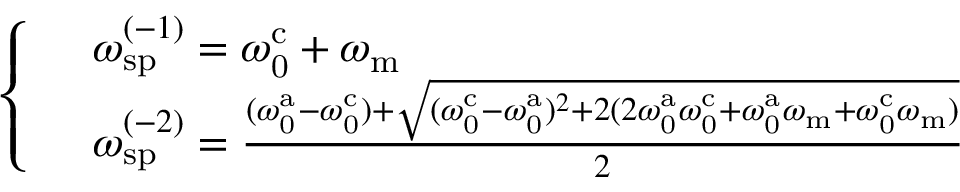
\begin{array} { r l } & { \left\{ \begin{array} { l l } & { \omega _ { \mathrm { s p } } ^ { ( - 1 ) } = \omega _ { \mathrm { 0 } } ^ { \mathrm { c } } + \omega _ { \mathrm { m } } } \\ & { \omega _ { \mathrm { s p } } ^ { ( - 2 ) } = \frac { ( \omega _ { \mathrm { 0 } } ^ { \mathrm { a } } - \omega _ { \mathrm { 0 } } ^ { \mathrm { c } } ) + \sqrt { ( \omega _ { \mathrm { 0 } } ^ { \mathrm { c } } - \omega _ { \mathrm { 0 } } ^ { \mathrm { a } } ) ^ { 2 } + 2 ( 2 \omega _ { \mathrm { 0 } } ^ { \mathrm { a } } \omega _ { \mathrm { 0 } } ^ { \mathrm { c } } + \omega _ { \mathrm { 0 } } ^ { \mathrm { a } } \omega _ { \mathrm { m } } + \omega _ { \mathrm { 0 } } ^ { \mathrm { c } } \omega _ { \mathrm { m } } ) } } { 2 } } \end{array} \right. } \end{array}